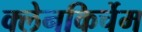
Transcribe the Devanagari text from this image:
क्लेनकिर्चेम